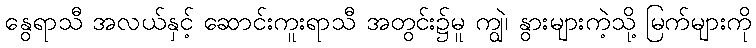
နွေရာသီ အလယ်နှင့် ဆောင်းကူးရာသီ အတွင်း၌မူ ကျွဲ၊ နွားများကဲ့သို့ မြက်များကို